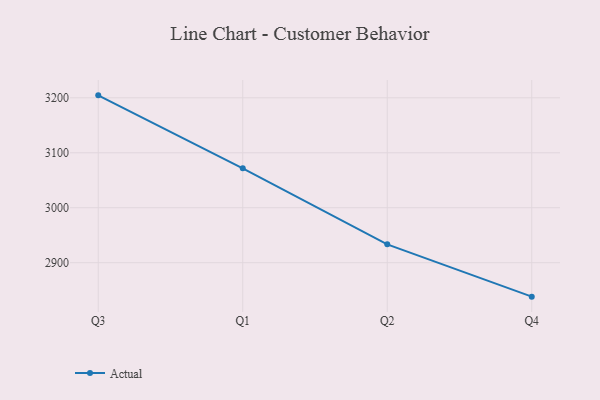
{"axis": {"x": "Quarter", "y": "Conversion Rate (%)"}, "legend": ["Actual"], "data": [{"x": "Q3", "y": 3204.5, "type": "Actual"}, {"x": "Q1", "y": 3071.8, "type": "Actual"}, {"x": "Q2", "y": 2933.4, "type": "Actual"}, {"x": "Q4", "y": 2838.2, "type": "Actual"}]}